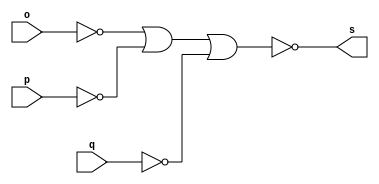
 
// ------------------------- 
// Exemplo0009 - AND
// Nome: Ederson Cristiano Nunes 
// Versao: 0.9
// ------------------------- 
 
// -------------------------
// -- and gate
// -------------------------
module andgate ( output s,
                          input o,
								  input p,
                          input q);
 assign s = (~(~o | ~p | ~q));
endmodule // andgate
// ---------------------
// -- test and gate
// ---------------------
module testandgate;
// ------------------------- dados locais
   reg a, b, c; // definir registradores
   wire s; // definir conexao (fio)
// ------------------------- instancia
   andgate AND1 (s, a, b, c);
// ------------------------- preparacao
   initial begin:start
      a=0; b=0; c=0;
   end
// ------------------------- parte principal
   initial begin
     $display("Exemplo0009 - Ederson Cristiano - 438964");
     $display("Test AND gate");
     $display("\na & b & c = s\n");
     a=0; b=0; c=0;
  #1 $display("%b & %b & %b = %b", a, b, c, s);
     a=0; b=0; c=1;
  #1 $display("%b & %b & %b = %b", a, b, c, s);
     a=0; b=1; c=0;
  #1 $display("%b & %b & %b = %b", a, b, c, s);
     a=0; b=1; c=1;
  #1 $display("%b & %b & %b = %b", a, b, c, s);
     a=1; b=0; c=0;
  #1 $display("%b & %b & %b = %b", a, b, c, s);
     a=1; b=0; c=1;
  #1 $display("%b & %b & %b = %b", a, b, c, s);
     a=1; b=1; c=0;
  #1 $display("%b & %b & %b = %b", a, b, c, s);
     a=1; b=1; c=1;
  #1 $display("%b & %b & %b = %b", a, b, c, s);
 end
endmodule // testandgate

// ----------------------------------- 
// Exemplo0009 - Ederson Cristiano - 438964
    // Test AND gate
    
    // a & b & c = s
    
    // 0 & 0 & 0 = 0
    // 0 & 0 & 1 = 0
    // 0 & 1 & 0 = 0
    // 0 & 1 & 1 = 0
    // 1 & 0 & 0 = 0
    // 1 & 0 & 1 = 0
    // 1 & 1 & 0 = 0
    // 1 & 1 & 1 = 1